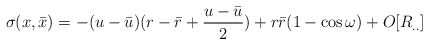
\begin{align*}\sigma( x, {\bar x}) = - (u - {\bar u})( r - {\bar r} + \frac{u - {\bar u}}{2}) +r{\bar r}(1 - \cos \omega) + O[R_{..}]\end{align*}